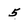
Character: 5